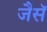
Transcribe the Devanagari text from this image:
जैसॅ